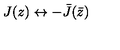
J ( z ) \leftrightarrow - { \bar { J } } ( \bar { z } )